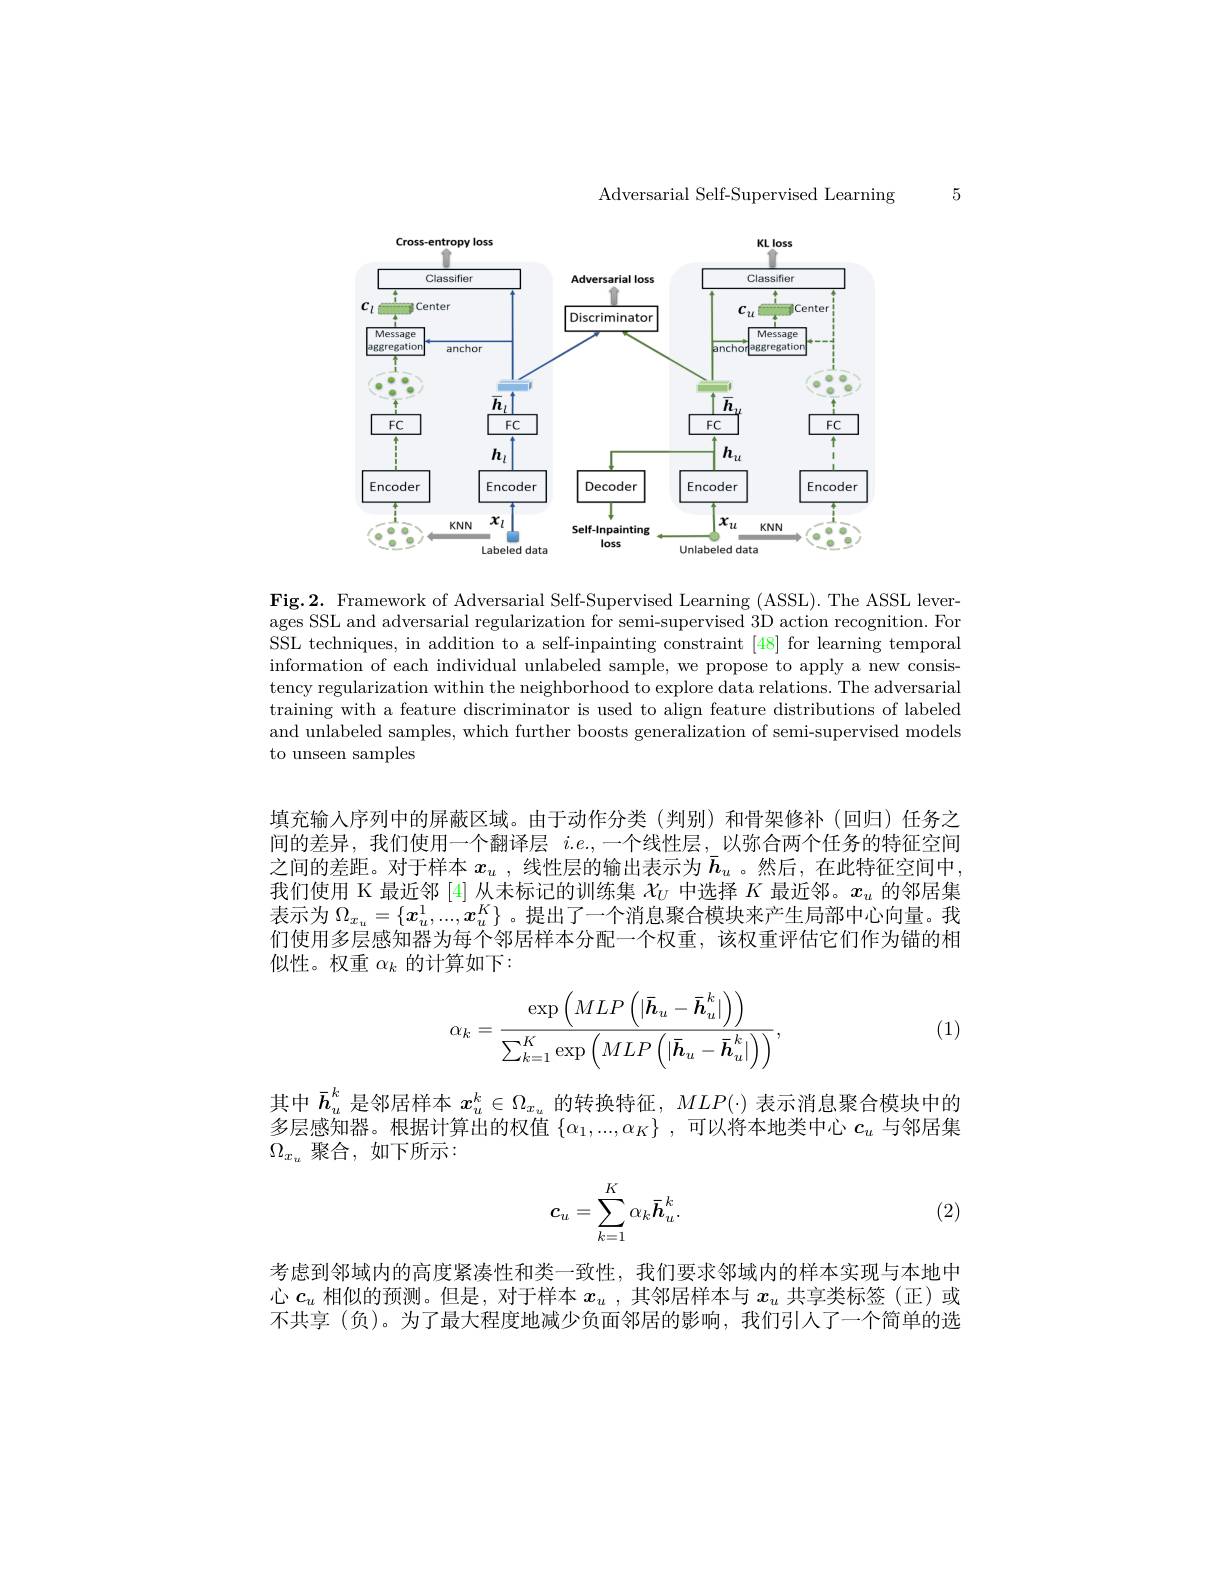
Adversarial Self-Supervised Learning

5

<FigureHere>

Fig.2. Framework of Adversarial Self-Supervised Learning (ASSL). The ASSL leverages SSL and adversarial regularization for semi-supervised 3D action recognition. For SSL techniques, in addition to a self-inpainting constraint [48] for learning temporal information of each individual unlabeled sample, we propose to apply a new consistency regularization within the neighborhood to explore data relations. The adversarial training with a feature discriminator is used to align feature distributions of labeled and unlabeled samples, which further boosts generalization of semi-supervised models to unseen samples

填充输入序列中的屏蔽区域。由于动作分类(判别)和骨架修补(回归)任务之间的差异，我们使用一个翻译层 $i.e.$,一个线性层，以弥合两个任务的特征空间之间的差距。对于样本$x_u$ ,线性层的输出表示为$\bar{h}_u$ 。然后，在此特征空间中我们使用 K 最近邻 [4] 从未标记的训练集$\chi_U$中选择$K$最近邻。$x_u$的邻居集表示为$\Omega_{x_u}=\{x_u^1,...,x_u^K\}$ 。提出了一个消息聚合模块来产生局部中心向量。我们使用多层感知器为每个邻居样本分配一个权重，该权重评估它们作为锚的相似性。权重$\alpha_k$的计算如下：
$$\alpha_k=\frac{\exp\left(MLP\left(|\bar{\boldsymbol h}_u-\bar h_u^k|\right)\right)}{\sum_{k=1}^K\exp\left(MLP\left(|\bar h_u-\bar h_u^k|\right)\right)},$$
(1)

其 中 $\bar{h} _u^k$ 是 邻 居 样 本 $\boldsymbol{x}_u^k\in \Omega _{x_u}$ 的 转 换 特 征 , $MLP( \cdot )$ 表 示 消 息 聚 合 模 块 中 的 多 层 感 知 器 。根 据 计 算 出 的 权 值 $\{ \alpha _1, . . . , \alpha _K\} $, 可 以 将 本 地 类 中 心 $c_u$ 与 邻 居 集
$\Omega_{x_u}$聚合，如下所示：

(2)
$$c_u=\sum_{k=1}^K\alpha_k\bar{h}_u^k.$$
考虑到邻域内的高度紧凑性和类一致性，我们要求邻域内的样本实现与本地中心$c_u$相似的预测。但是，对于样本$x_u$ ,其邻居样本与$x_u$共享类标签 (正)或不共享 (负)。为了最大程度地减少负面邻居的影响，我们引人了一个简单的选